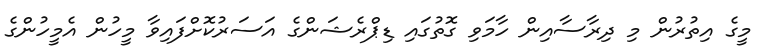
މީގެ އިތުރުން މި ދިރާސާއިން ހާމަވި ގޮތުގައި ޑިޕްރެޝަންގެ އަސަރުކޮށްފައިވާ މީހުން އެމީހުންގެ